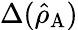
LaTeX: \Delta(\hat{\rho}_{\mathrm{A}})